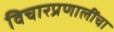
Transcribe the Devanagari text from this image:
विचारप्रणालींचा